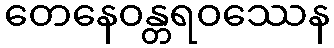
တေနေဝန္တရဝဿေန